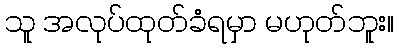
သူ အလုပ်ထုတ်ခံရမှာ မဟုတ်ဘူး။